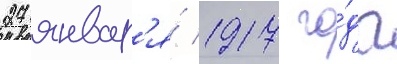
27 январ'я́ 1917 го́да